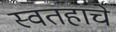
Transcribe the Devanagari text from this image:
स्वतहाचे